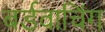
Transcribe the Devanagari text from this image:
बर्डवाचिंग